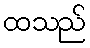
ထသည်